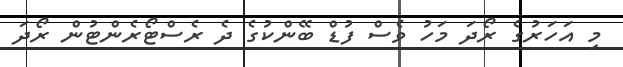
މި އަހަރުގެ ރޯދަ މަހު ވެސް ފުޑް ބޭންކުގެ ދެ ރެސްޓޯރެންޓުން ރޯދަ